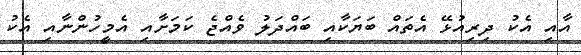
އާއި އެކު ދިރިއުޅޭ އެތައް ބަޔަކާއި ބައްދަލު ވެއްޖެ ކަމަށާއި އެމީހުންނާއި އެކު